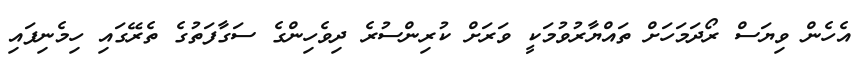
އެހެން ވިޔަސް ރޯދަމަހަށް ތައްޔާރުވުމަކީ ވަރަށް ކުރިންސުރެ ދިވެހިންގެ ސަގާފަތުގެ ތެރޭގައި ހިމެނިފައި